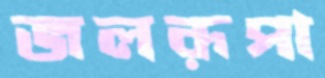
জলরূপা